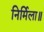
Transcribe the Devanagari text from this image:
निर्मिला॥